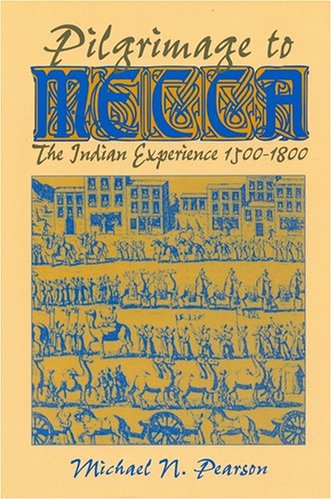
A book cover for Pilgrimage to Mecca: The Indian Experience, 1500-1800 (World History); M. N. Pearson; Religion & Spirituality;